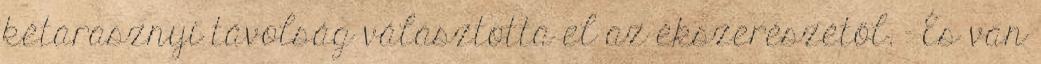
kétarasznyi távolság választotta el az ékszerészétől. - És van